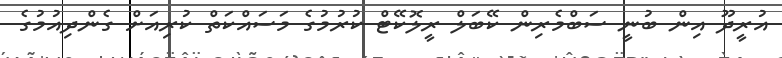
އުރީދޫ އިން ބުނީ ސަބްމެރިން ކޭބަލް ރީލޮކޭޓް ކުރުމުގެ މަސައްކަތް ކުރިއަށް ގެންދިއުމުގެ